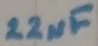
Text: 22µF